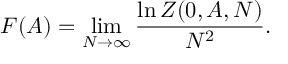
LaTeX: F ( A ) = \operatorname * { l i m } _ { N \rightarrow \infty } \frac { \ln Z ( 0 , A , N ) } { N ^ { 2 } } .